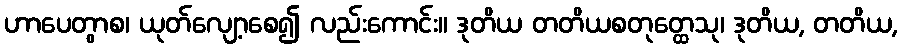
ဟာပေတွာစ၊ ယုတ်လျော့စေ၍ လည်းကောင်း။ ဒုတိယ တတိယစတုတ္ထေသု၊ ဒုတိယ, တတိယ,